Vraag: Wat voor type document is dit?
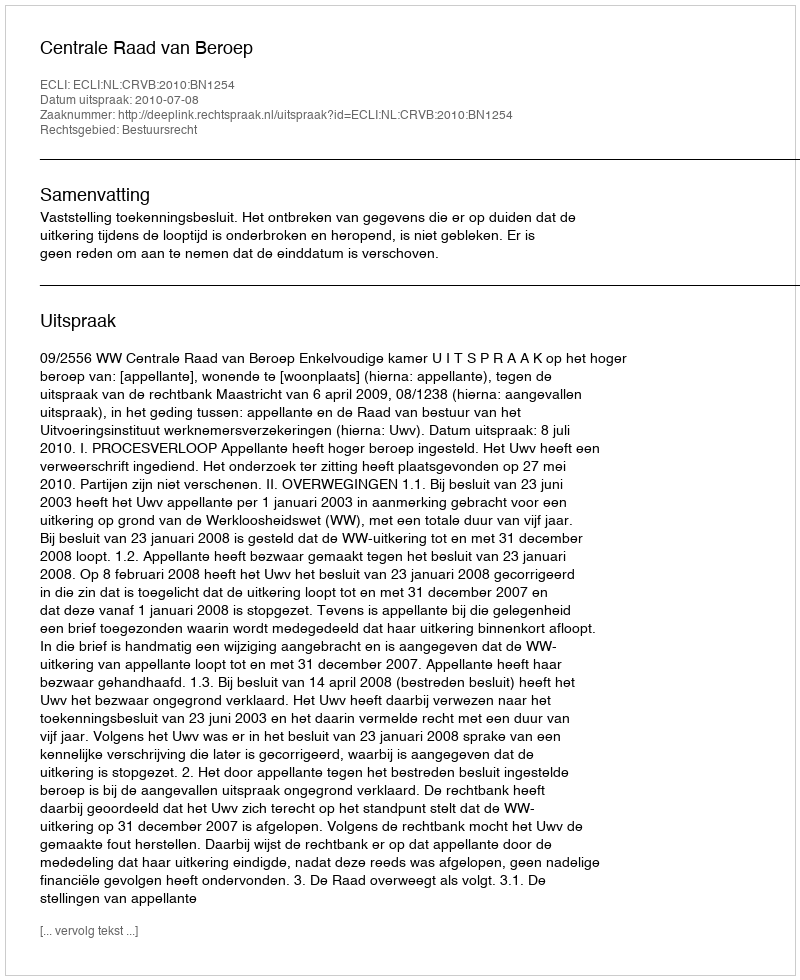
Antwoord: Uitspraak